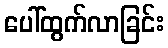
ပေါ်ထွက်လာခြင်း